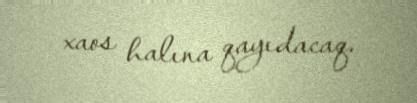
xaos halına qayıdacaq.